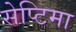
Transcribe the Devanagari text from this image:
सेप्टिमा